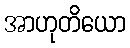
အာဟုတိယော